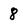
Character: 8